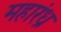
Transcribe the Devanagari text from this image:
महारंध्र